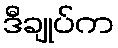
ဒီချုပ်က